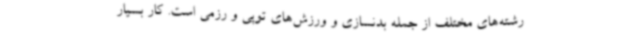
رشته‌های مختلف از جمله بدنسازی و ورزش‌های توپی و رزمی است. کار بسیار